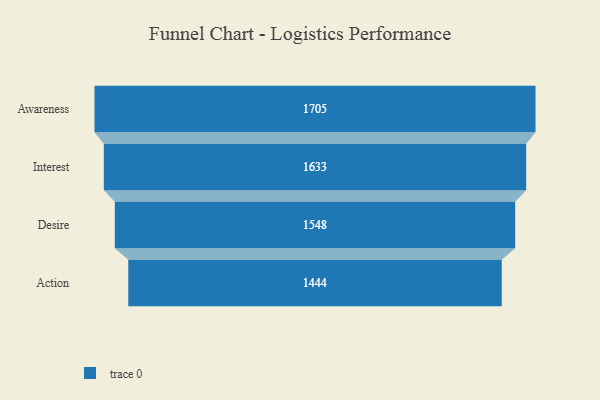
{"axis": {"x": "Stage", "y": "Value"}, "legend": [""], "data": [{"x": "Awareness", "y": 1705.0, "type": ""}, {"x": "Interest", "y": 1633.0, "type": ""}, {"x": "Desire", "y": 1548.0, "type": ""}, {"x": "Action", "y": 1444.0, "type": ""}]}